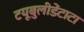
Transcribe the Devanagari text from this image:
टयूबुलीडेंटाटा